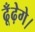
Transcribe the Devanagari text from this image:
ढूँढ़ेगे।